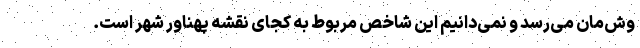
وش‌مان می‌رسد و نمی‌دانیم این شاخص مربوط به کجای نقشه پهناور شهر است.